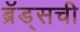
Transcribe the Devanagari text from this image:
ब्रॅड्सची